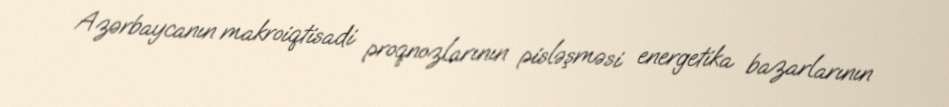
Azərbaycanın makroiqtisadi proqnozlarının pisləşməsi energetika bazarlarının